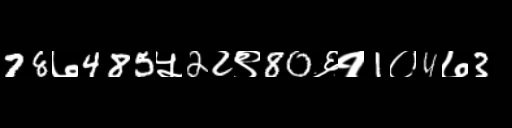
Text: 78७485५22९80६१1०4७3